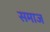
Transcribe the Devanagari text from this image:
समाज